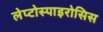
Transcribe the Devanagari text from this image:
लेप्टोस्पाइरोसिस